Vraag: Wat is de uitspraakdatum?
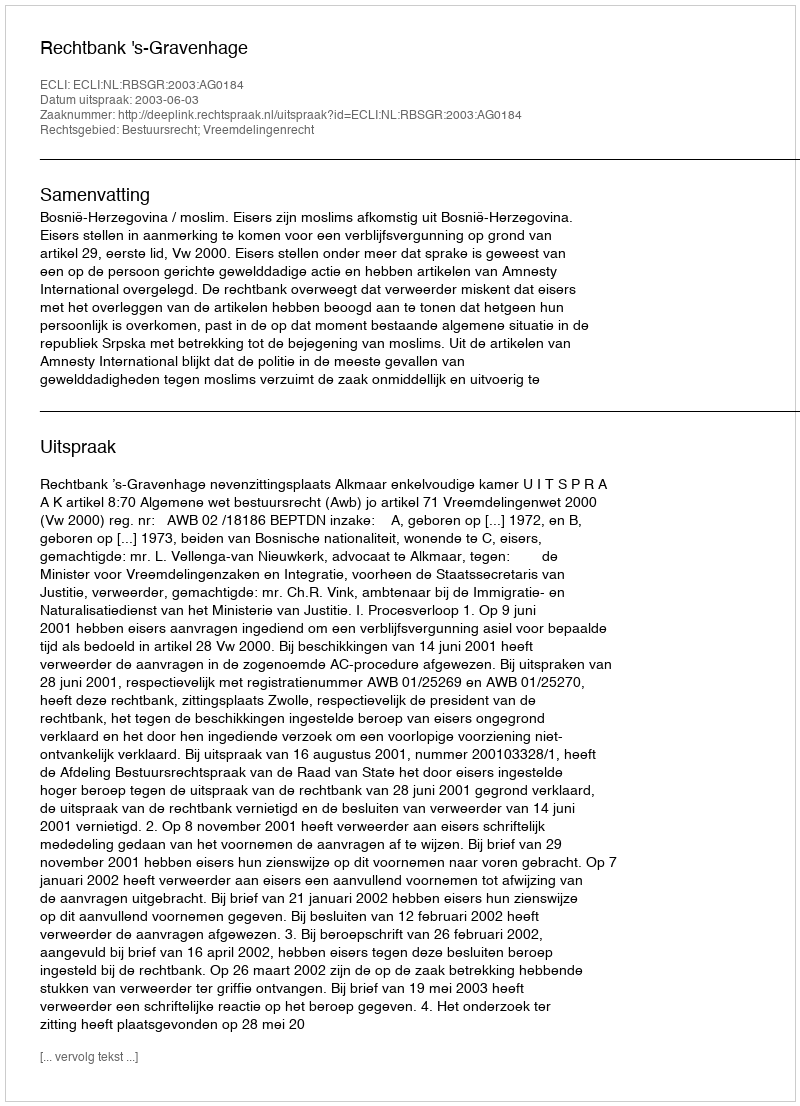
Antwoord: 2003-06-03